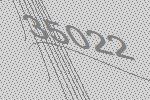
35022